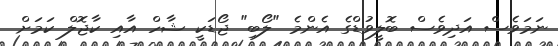
ނަމަވެސް އަދިވެސް ބޮލީވުޑްގެ އެންމެ "ލޯބި" ޖޯޑަކީ ޝާހް އާއި ކާޖޮލް ކަމަށް